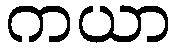
ကယာ